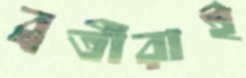
ব্রতীরাই